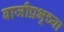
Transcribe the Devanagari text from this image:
बाजीप्रभूच्या